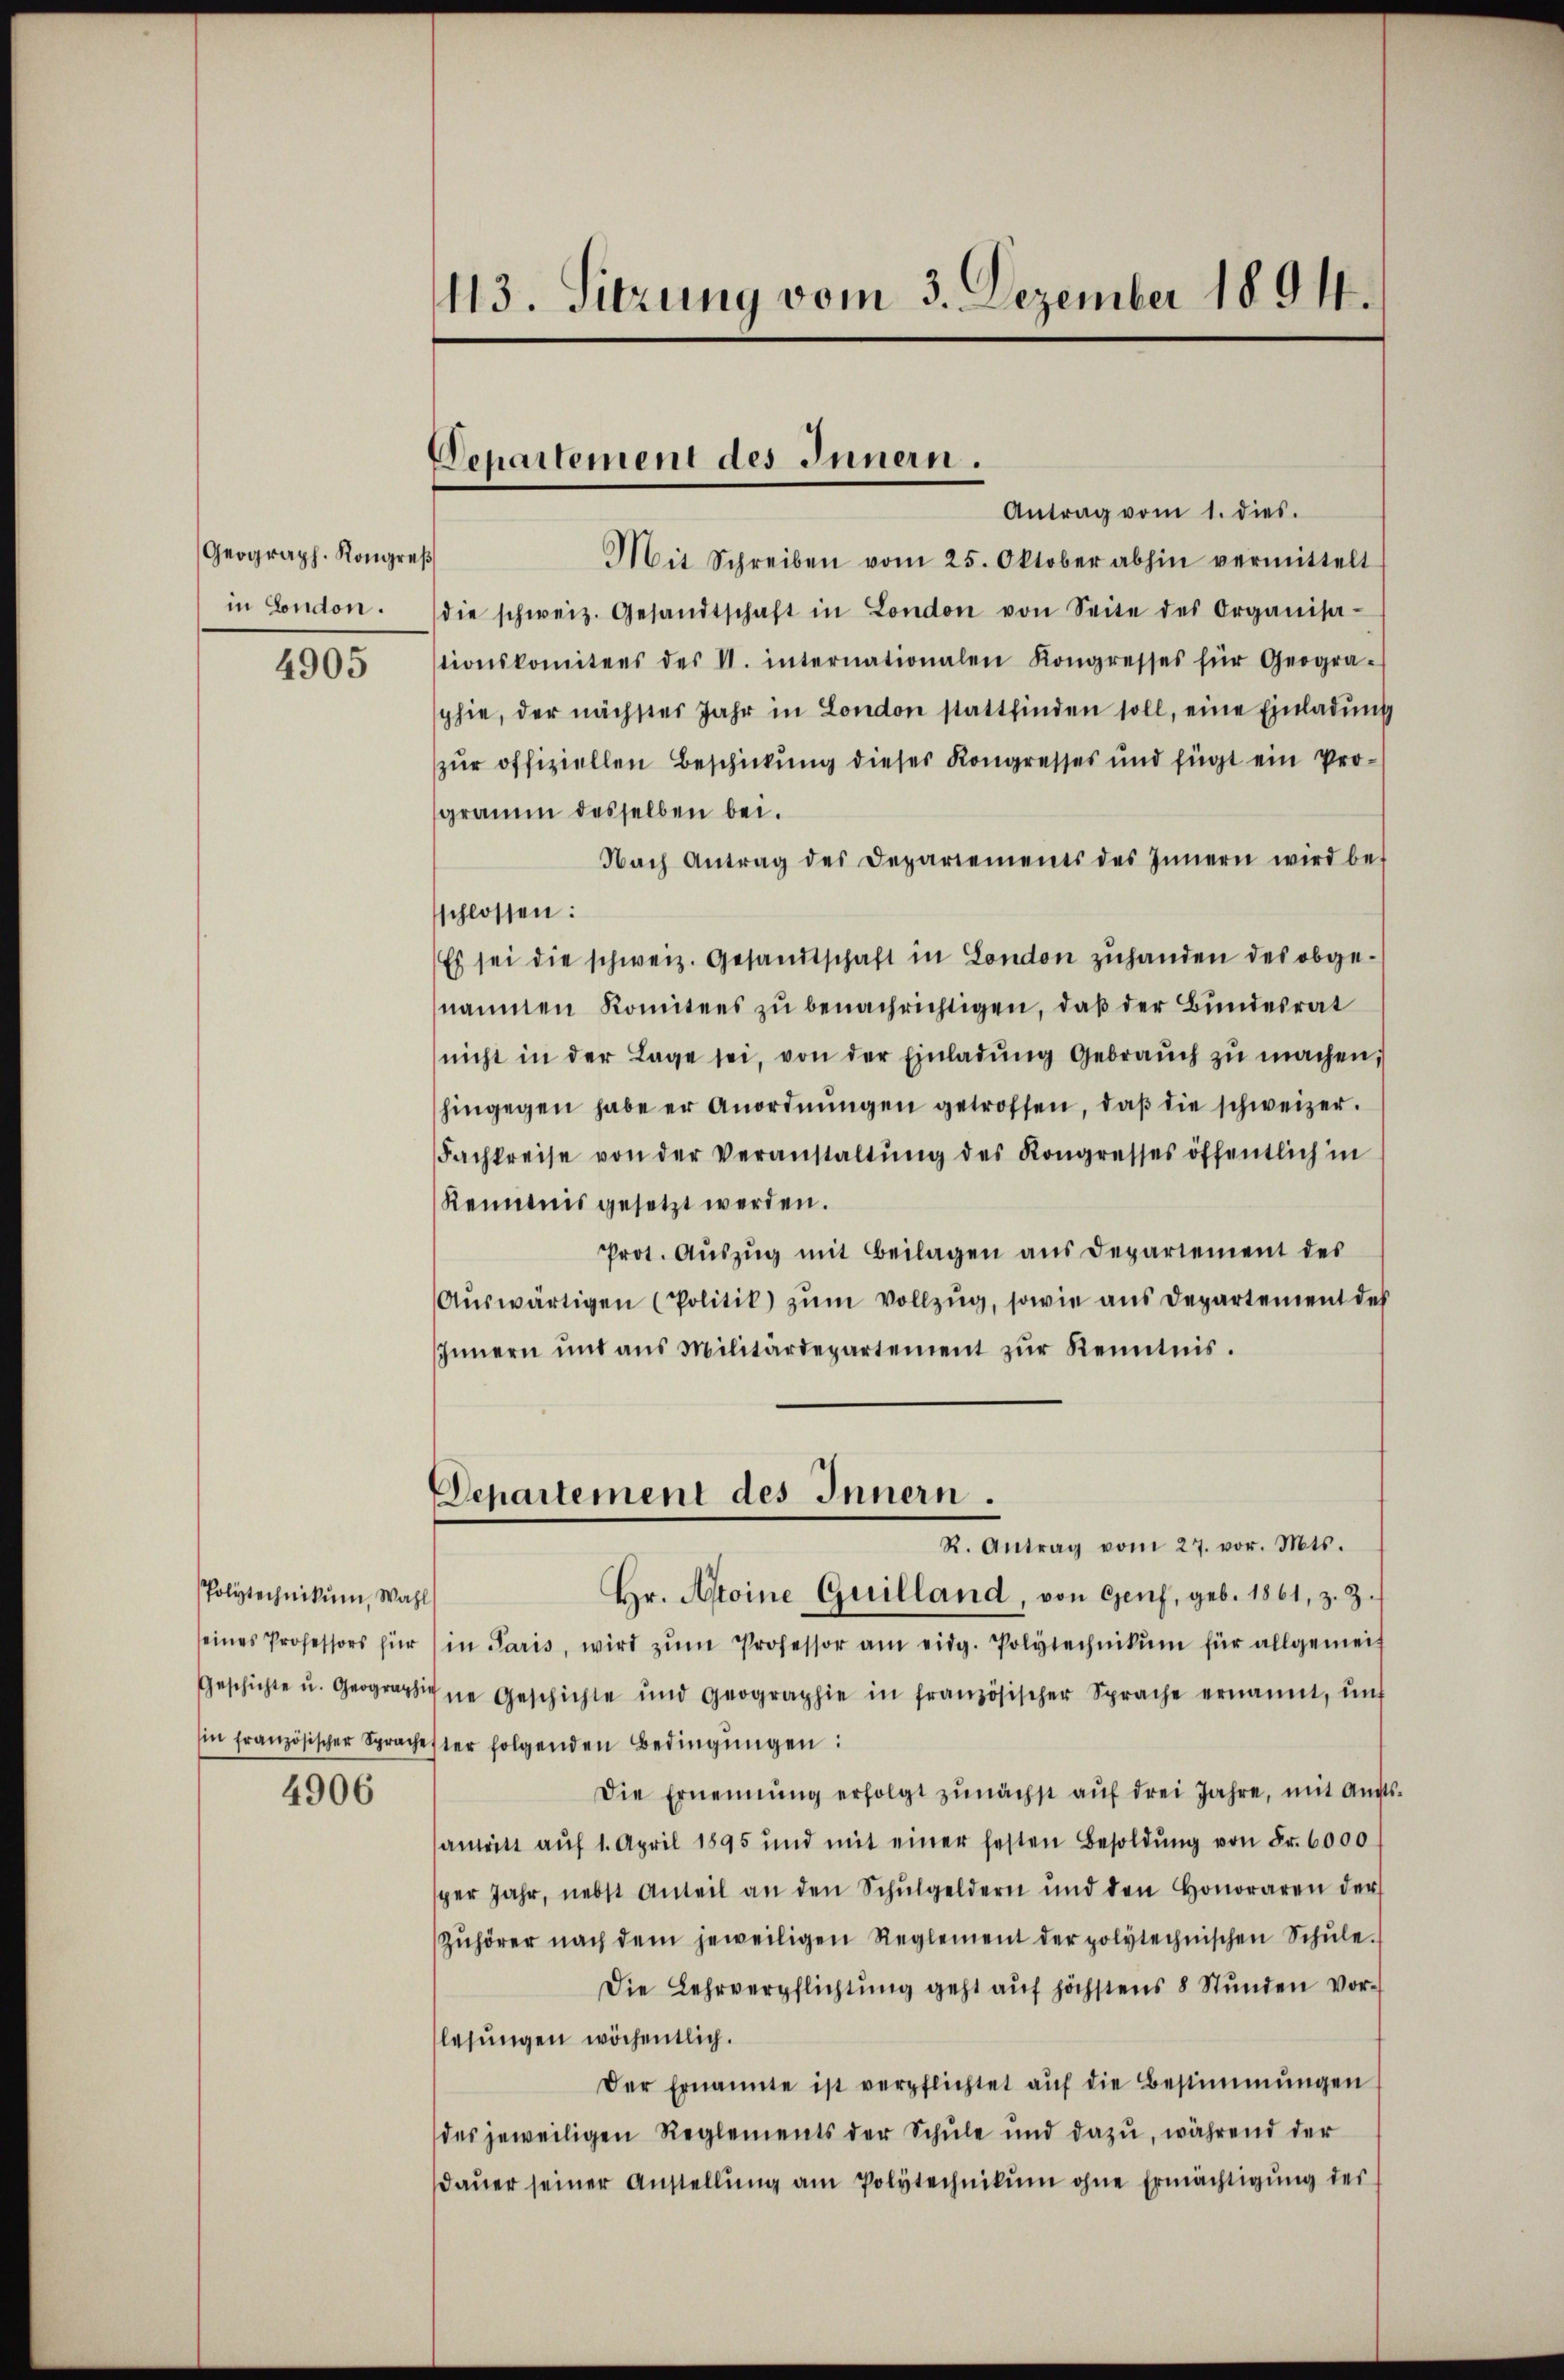
Geograph. Kongreß
in London.

4905

Polytechnikum, Wahl

4906

413. Sitzung vom 3. Dezember 1891.

Departement des Innern.
Antrag vom 1. dies.

Mit Schreiben vom 25. Oktober abhin vermittelt
die schweiz. Gesandtschaft in London von Seite des Organisa-
tionskomitees des I. internationalen Kongresses für Geogra-
phie, der nächstes Jahr in London stattfinden soll, eine Einladung
zur offiziellen Beschickung dieses Kongresses und fügt ein Programm desselben bei.
Nach Antrag des Departements des Innern wird be-
schlossen:
Es sei die schweiz. Gesandtschaft in London zuhanden des obgenammen Komitees zu benachrichtigen, daß der Bundesrat
nicht in der Lage sei, von der Einladŭng Gebraŭch zŭ machen,
hingegen habe er Anordnŭngen getroffen, daβ die schweizer.
Fachkreise von der Veranstaltŭng des Kongresses öffentlich in
Kenntnis gesetzt werden.
Prot. Aŭszŭg mit Beilagen aus Departement des
Aŭswärtigen (Politik) zum Vollzug, sowie aus Departement des
Innern und ans Militärdepartement zŭr Kenntnis.
Departement des Innern.
R. Antrag vom 27. vor. Mts.
Hr. Apoine Guilland, von Genf, geb. 1861, z. Z.
seines Professors für in Paris, wird zŭm Professor am eidg. Polytechnikum für allgemein
Geschichte u. Geographine Geschichte und Geographie in französischer Sprache ernannt, ŭnt
sin französischer Sprachester folgenden Bedingŭngen:
Die Ernennung erfolgt zŭnächst aŭf drei Jahre, mit Amtsantritt aŭf 1. April 1895 und mit einer festen Besoldŭng von Fr. 6000
per Jahr, nebst Anteil an den Schŭlgeldern und den Honoraren der
Zŭhörer nach dem jeweiligen Reglement der polytechnischen Schŭle.
Die Lehrverpflichtŭng geht aŭf höchstens 8 Stŭnden vor-
lesungen wöchentlich.
Der Ernannte ist verpflichtet aŭf die Bestimmungen
des jeweiligen Reglements der Schule und dazu, während der
daŭer seiner Anstellŭng am Polytechnikum ohne Ermächtigŭng der